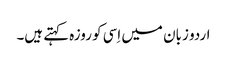
اردو زبان میں اِسی کو روزہ کہتے ہیں۔